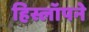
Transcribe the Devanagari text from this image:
हिस्लॉपने